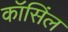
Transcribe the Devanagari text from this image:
कॉसिंल